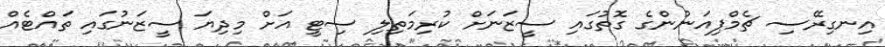
އިނގިރޭސި ޗެމްޕިއަނުންގެ ގޮތުގައި ސީޒަނަށް ކުރިމަތިލި ސިޓީ އަށް މިދިޔަ ސީޒަނުގައި ތައްޓެއް